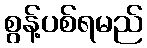
စွန့်ပစ်ရမည်